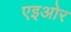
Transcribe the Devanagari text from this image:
एइओर